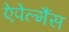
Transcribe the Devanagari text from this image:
ऐपेल्मैंस